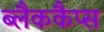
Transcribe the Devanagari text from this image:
ब्लैककैप्स